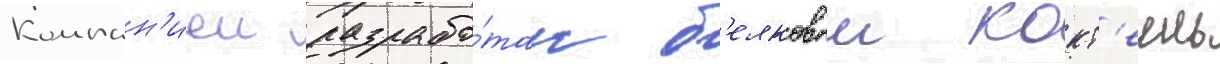
Компан'иеи разрабо́тан б'елковыи кокт'еиль